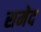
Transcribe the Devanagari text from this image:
समेद